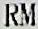
RM